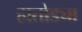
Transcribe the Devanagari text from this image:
हातोड्या